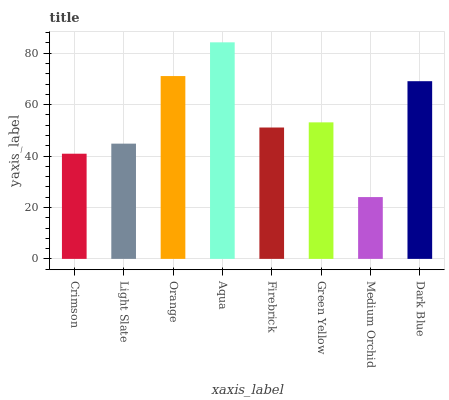
| xaxis_label | bars |
 | --- | --- |
 | Crimson | 40.9 |
 | Light Slate | 44.8 |
 | Orange | 71.1 |
 | Aqua | 84.2 |
 | Firebrick | 51.1 |
 | Green Yellow | 53.1 |
 | Medium Orchid | 24 |
 | Dark Blue | 69.1 |